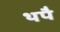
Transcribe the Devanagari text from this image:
थपै